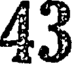
43